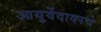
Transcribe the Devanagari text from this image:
आयुर्वेदावरचे